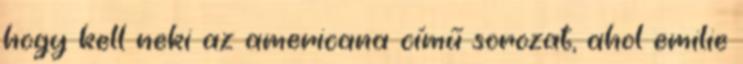
hogy kell neki az americana című sorozat, ahol emilie